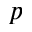
p